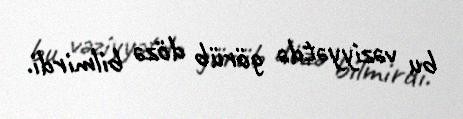
bu vəziyyətdə görüb dözə bilmirdi.